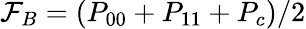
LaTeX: \mathcal{F}_{B}=(P_{00}+P_{11}+P_{c})/2